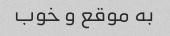
به موقع و خوب